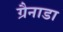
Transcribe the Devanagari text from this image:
ग्रैनाडा